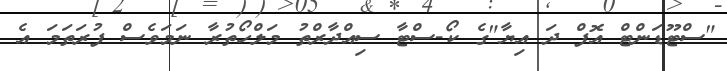
"ސްޓޫޑަންޓް އޮފް ދަ އިޔާ"ގެ ކޯ-ސްޓާ ސިއްދާރްތު މަލްހޯތުރާ ނަމަވެސް ފުރަތަމަ އެ